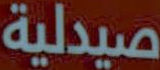
صيدلية